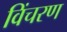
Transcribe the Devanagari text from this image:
विंचरण